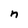
Character: n